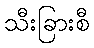
သီးခြားစီ